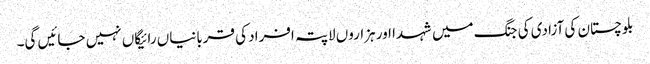
بلوچستان کی آزادی کی جنگ میں شہدا اور ہزاروں لاپتہ افراد کی قربانیاں رائیگاں نہیں جائیں گی۔